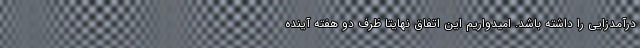
درآمدزایی را داشته باشد. امیدواریم این اتفاق نهایتا ظرف دو هفته آینده